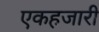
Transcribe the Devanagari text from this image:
एकहजारी